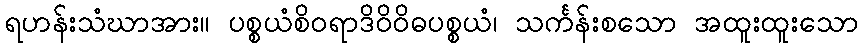
ရဟန်းသံဃာအား။ ပစ္စယံစိဝရာဒိဝိဝိဓပစ္စယံ၊ သင်္ကန်းစသော အထူးထူးသော